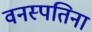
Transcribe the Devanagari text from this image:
वनस्पतिना